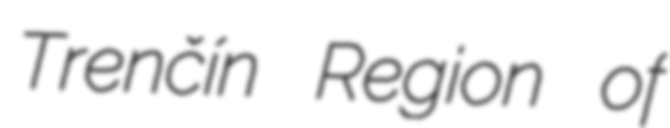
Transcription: Trenčín Region of